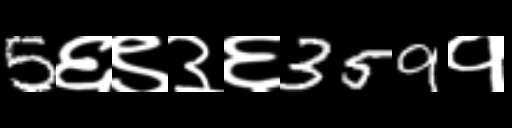
Text: 5६९३६359१